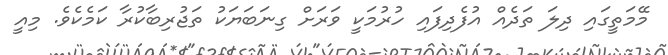
މޭމަތީގައި ދިލަ ތަދެއް އުފެދިފައި ހުރުމަކީ ވަރަށް ގިނަބަޔަކު ތަޖުރިބާކުރާ ކަމެކެވެ. މިއީ